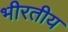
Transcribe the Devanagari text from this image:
भीरतीय